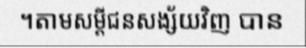
។តាមសម្តីជនសង្ស័យវិញ បាន